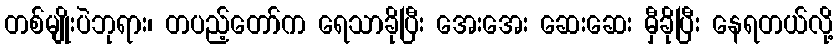
တစ်မျိုးပဲဘုရား၊ တပည့်တော်က ရေသာခိုပြီး အေးအေး ဆေးဆေး မှီခိုပြီး နေရတယ်လို့